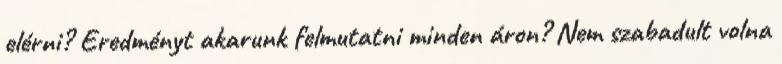
elérni? Eredményt akarunk felmutatni minden áron? Nem szabadult volna